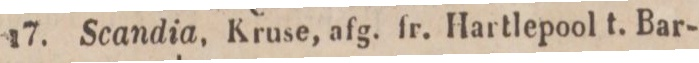
17.    Scandia, Kruse, afg. fr. Hartlepool t. Bar-